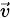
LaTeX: \scriptstyle{\vec{v}}